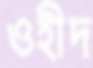
ওহীদ